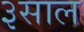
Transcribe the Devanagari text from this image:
३साल